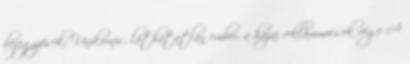
bejegyzések: Unikornis, láthatatlan ember, a hazai reklámmocsok vége A